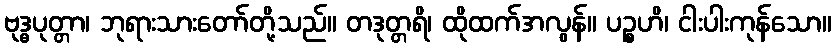
ဗုဒ္ဓပုတ္တာ၊ ဘုရားသားတော်တို့သည်။ တဒုတ္တရိ၊ ထိုထက်အလွန်။ ပဉ္စဟိ၊ ငါးပါးကုန်သော။